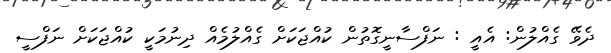
ދެވޭ ގެއްލުން: އެއީ : ނަފްސާނީގޮތުން ކުއްޖަކަށް ގެއްލުމެއް ދިނުމަކީ ކުއްޖަކަށް ނަފްސީ